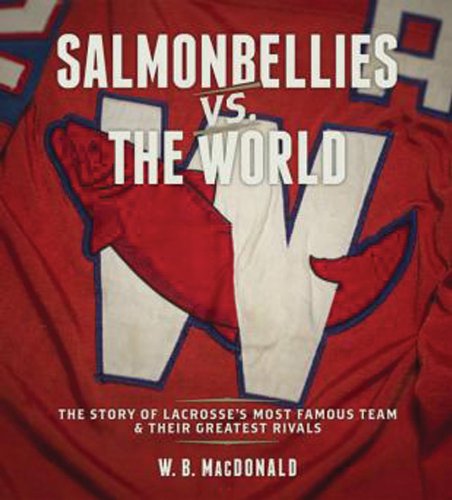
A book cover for Salmonbellies vs. the World: The Story of Lacrosse's Most Famous Team & Their Greatest Rivals; W.B. MacDonald; Sports & Outdoors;